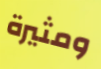
ومثيرة